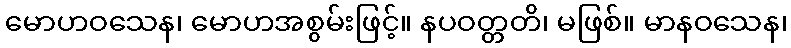
မောဟဝသေန၊ မောဟအစွမ်းဖြင့်။ နပဝတ္တတိ၊ မဖြစ်။ မာနဝသေန၊